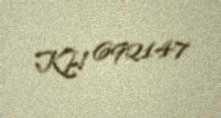
KH 692147